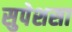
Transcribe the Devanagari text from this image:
सुपेशसा